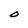
Character: O